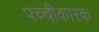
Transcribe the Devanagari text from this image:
पच्चीकारक